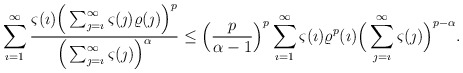
\begin{align*}\sum_{\imath=1}^{\infty}\frac{\varsigma(\imath)\Big(\sum_{\jmath=\imath}^{\infty}\varsigma(\jmath)\varrho(\jmath)\Big)^p} {\Big(\sum_{\jmath=\imath}^{\infty}\varsigma(\jmath)\Big)^\alpha}\leq \Big(\frac{p}{\alpha-1}\Big)^p\sum_{\imath=1}^{\infty}\varsigma(\imath)\varrho^p(\imath)\Big(\sum_{\jmath=\imath}^{\infty}\varsigma(\jmath)\Big)^{p-\alpha}.\end{align*}